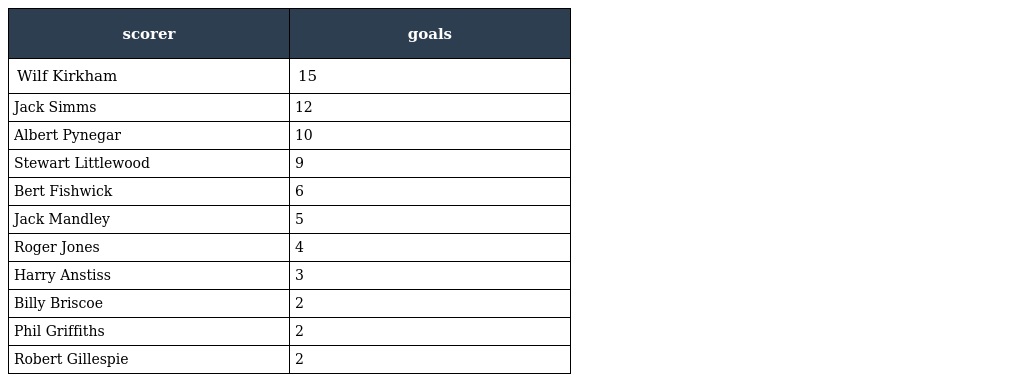
| scorer | goals |
 | --- | --- |
 | Wilf Kirkham | 15 |
 | Jack Simms | 12 |
 | Albert Pynegar | 10 |
 | Stewart Littlewood | 9 |
 | Bert Fishwick | 6 |
 | Jack Mandley | 5 |
 | Roger Jones | 4 |
 | Harry Anstiss | 3 |
 | Billy Briscoe | 2 |
 | Phil Griffiths | 2 |
 | Robert Gillespie | 2 |